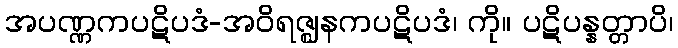
အပဏ္ဏကပဋိပဒံ-အဝိရဇ္ဈနကပဋိပဒံ၊ ကို။ ပဋိပန္နတ္တာပိ၊